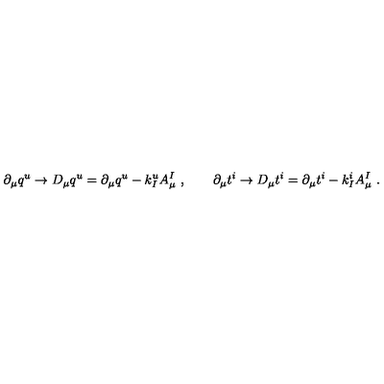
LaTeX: \partial _ { \mu } q ^ { u } \to { D } _ { \mu } q ^ { u } = \partial _ { \mu } q ^ { u } - k _ { I } ^ { u } A _ { \mu } ^ { I } \ , \qquad \partial _ { \mu } t ^ { i } \to { D } _ { \mu } t ^ { i } = \partial _ { \mu } t ^ { i } - k _ { I } ^ { i } A _ { \mu } ^ { I } \ .